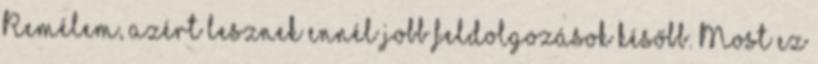
Remélem, azért lesznek ennél jobb feldolgozások később. Most ez